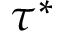
\tau ^ { * }